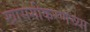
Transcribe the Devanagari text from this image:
खासगीकरणच्या